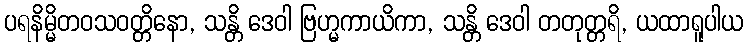
ပရနိမ္မိတဝသဝတ္တိနော, သန္တိ ဒေဝါ ဗြဟ္မကာယိကာ, သန္တိ ဒေဝါ တတုတ္တရိ, ယထာရူပါယ